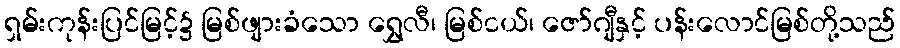
ရှမ်းကုန်းပြင်မြင့်၌ မြစ်ဖျားခံသော ရွှေလီ၊ မြစ်ငယ်၊ ဇော်ဂျီနှင့် ပန်းလောင်မြစ်တို့သည်